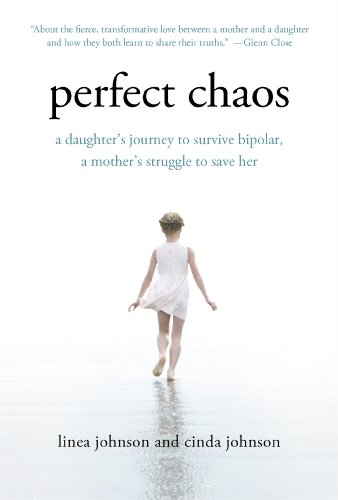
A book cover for Perfect Chaos: A Daughter's Journey to Survive Bipolar, a Mother's Struggle to Save Her; Linea Johnson; Health, Fitness & Dieting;